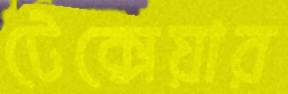
টেক্সেয়ার